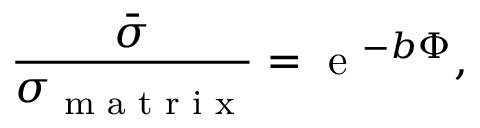
\frac { \bar { \sigma } } { \sigma _ { \textup { m a t r i x } } } = \textup { e } ^ { - b \Phi } ,